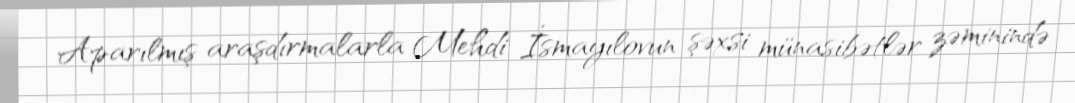
Aparılmış araşdırmalarla Mehdi İsmayılovun şəxsi münasibətlər zəminində